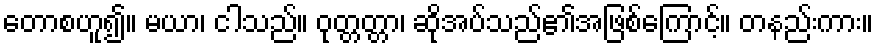
တောစဟူ၍။ မယာ၊ ငါသည်။ ဝုတ္တတ္တာ၊ ဆိုအပ်သည်၏အဖြစ်ကြောင့်။ တနည်းကား။